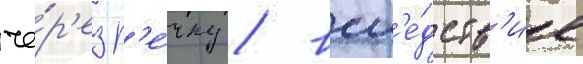
че́р'ез р'е́чку / всл'е́дств'ие